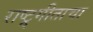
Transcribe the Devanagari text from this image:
राष्ट्र्गीताचा